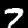
Digit: 7